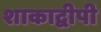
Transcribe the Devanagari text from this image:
शाकाद्वीपी